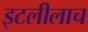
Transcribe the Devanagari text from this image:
इटलीलाच